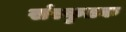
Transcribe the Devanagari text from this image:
संस्कृतक